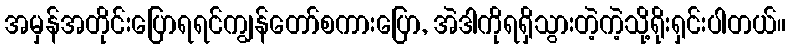
အမှန်အတိုင်းပြောရရင်ကျွန်တော်စကားပြော, အဲဒါကိုရရှိသွားတဲ့ကဲ့သို့ရိုးရှင်းပါတယ်။